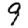
Digit: 9